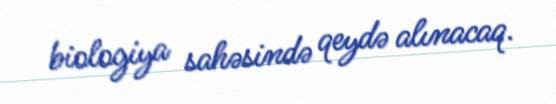
biologiya sahəsində qeydə alınacaq.